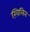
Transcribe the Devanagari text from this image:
ख़िलिन